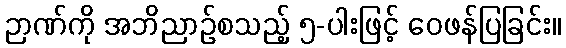
ဉာဏ်ကို အဘိညာဉ်စသည့် ၅-ပါးဖြင့် ဝေဖန်ပြခြင်း။